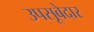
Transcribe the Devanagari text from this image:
उपसूबेदार